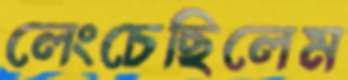
লেংচেছিলেম